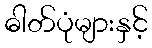
ဓါတ်ပုံများနှင့်